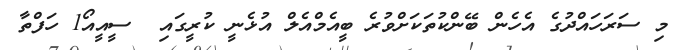
މި ސަރަހައްދުގެ އެހެން ބޭންކުތަކަށްވުރެ ބީއެމްއެލް އުޅެނީ ކުރީގައި  ސީއީއޯ1 ހަފްތާ